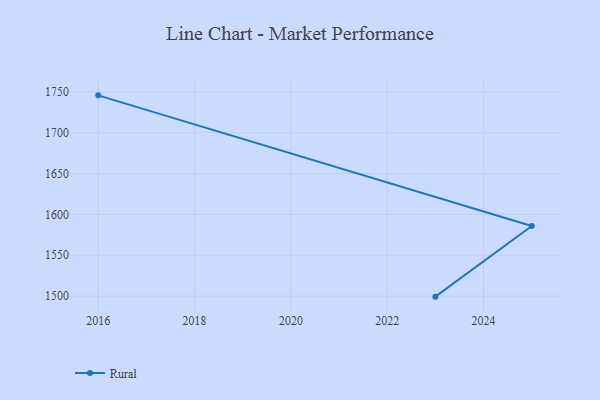
{"axis": {"x": "Year", "y": "Inventory Turnover"}, "legend": ["Rural"], "data": [{"x": "2016", "y": 1745.7, "type": "Rural"}, {"x": "2025", "y": 1585.8, "type": "Rural"}, {"x": "2023", "y": 1499.3, "type": "Rural"}]}